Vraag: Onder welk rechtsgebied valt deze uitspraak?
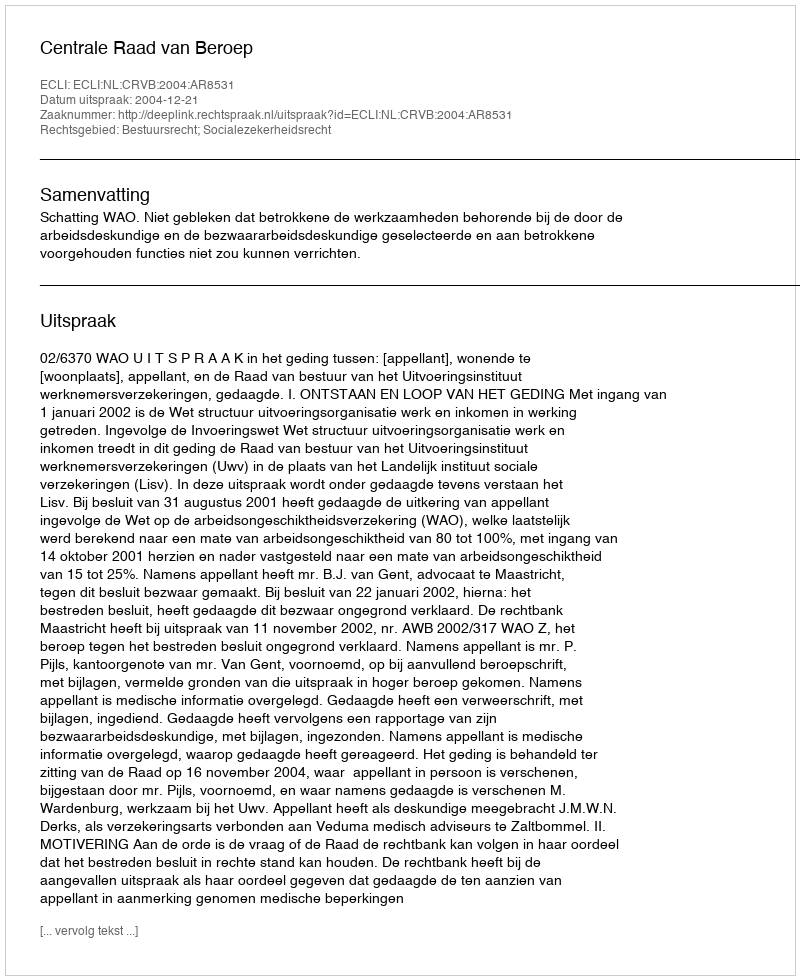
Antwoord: Bestuursrecht; Socialezekerheidsrecht